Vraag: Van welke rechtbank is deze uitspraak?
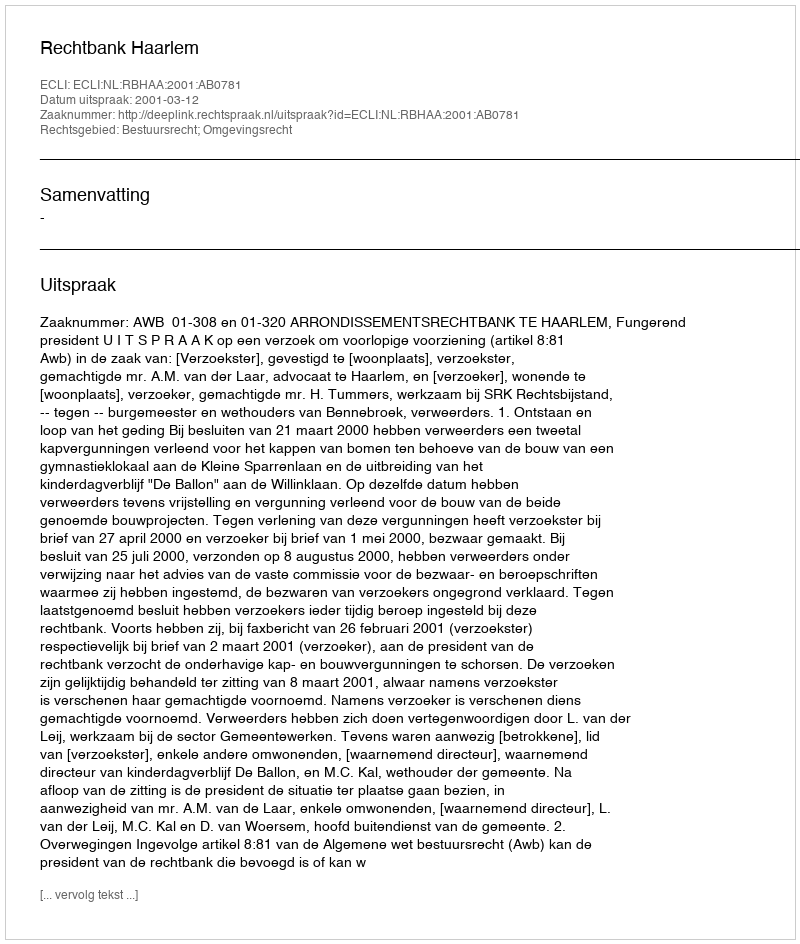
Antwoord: Rechtbank Haarlem